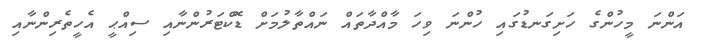
އަންނަ މީހުންގެ ހަށިގަނޑުގައި ހުންނަ ވިހަ މާއްދާތައް ނައްތާލުމަށް ޑޮކްޓަރުންނާއި ސިއްޙީ އެހީތެރިންނާއި